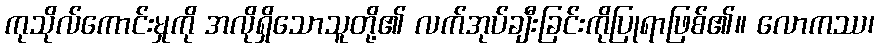
ကုသိုလ်ကောင်းမှုကို အလိုရှိသောသူတို့၏ လက်အုပ်ချီးခြင်းကိုပြုရာဖြစ်၏။ လောကဿ၊